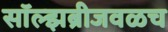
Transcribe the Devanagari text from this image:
सॉल्झब्रीजवळच